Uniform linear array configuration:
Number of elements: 12
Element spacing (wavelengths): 0.5
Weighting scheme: hamming
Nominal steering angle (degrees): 0
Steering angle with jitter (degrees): -1.904
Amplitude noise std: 0.05
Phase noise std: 0.05

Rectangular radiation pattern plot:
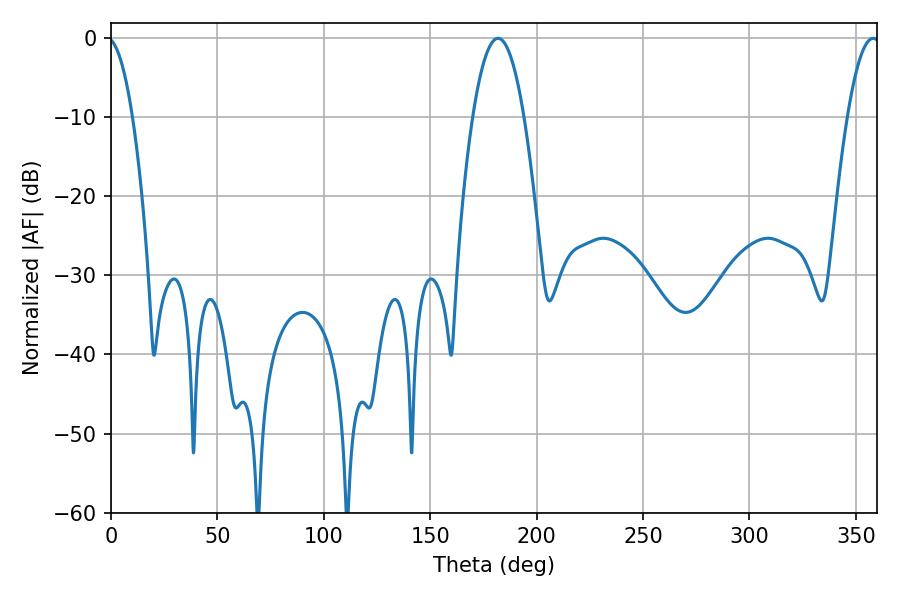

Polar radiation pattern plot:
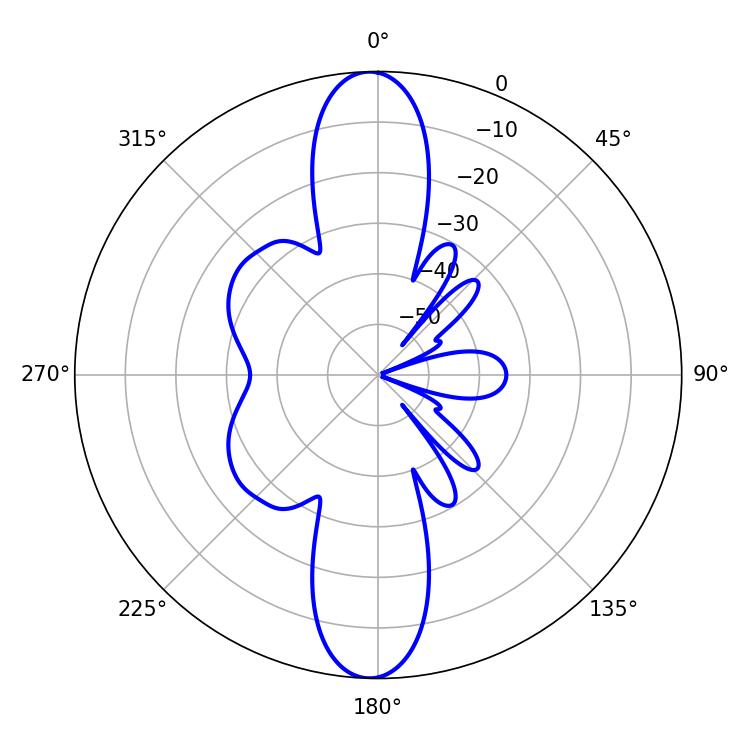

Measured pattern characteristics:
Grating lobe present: FALSE
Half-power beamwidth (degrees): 13.14
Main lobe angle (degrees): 181.8